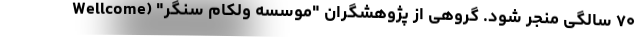
۷۰ سالگی منجر شود. گروهی از پژوهشگران "موسسه ولکام سنگر" (Wellcome